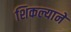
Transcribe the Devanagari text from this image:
शिकल्याने